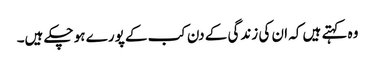
وہ کہتے ہیں کہ ان کی زندگی کے دن کب کے پورے ہو چکے ہیں۔